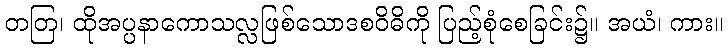
တတြ၊ ထိုအပ္ပနာကောသလ္လဖြစ်သောဒစဝိဓိကို ပြည့်စုံစေခြင်း၌။ အယံ၊ ကား။